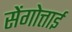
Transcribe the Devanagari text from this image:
सेंगोत्ताई